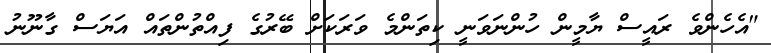
"އެހެންވެ ރައީސް ޔާމީން ހުންނަވަނީ ކިތަންމެ ވަރަކަށް ބޭރުގެ ފިއްތުންތައް އަޔަސް ގާނޫނު